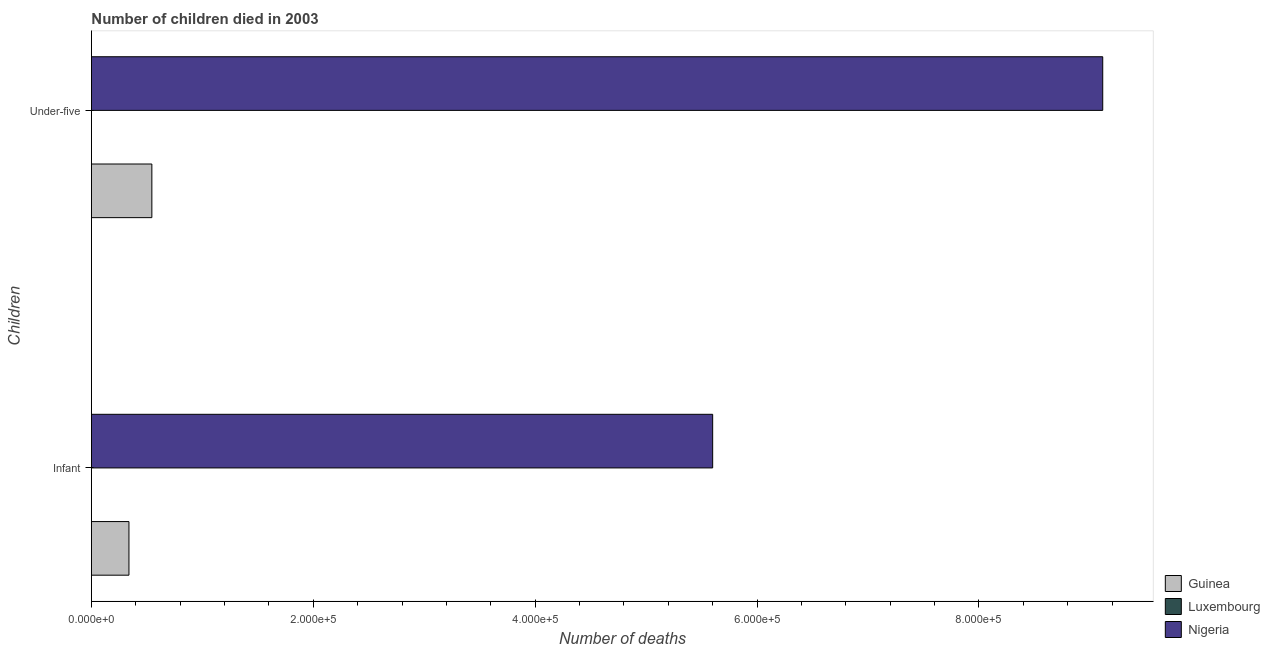
| Children | Guinea | Luxembourg | Nigeria |
 | --- | --- | --- | --- |
 | Infant | 3.38e+04 | 17 | 5.6e+05 |
 | Under-five | 5.45e+04 | 22 | 9.12e+05 |